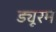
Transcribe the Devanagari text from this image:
ड्यूरम